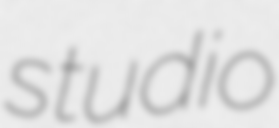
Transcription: studio